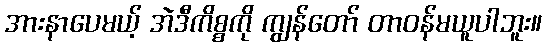
အားနာပေမယ့် အဲဒီကိစ္စကို ကျွန်တော် တာဝန်မယူပါဘူး။